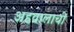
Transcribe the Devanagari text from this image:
अहवालाची